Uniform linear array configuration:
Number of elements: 48
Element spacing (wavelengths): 0.25
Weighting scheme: kaiser
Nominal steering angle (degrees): -15
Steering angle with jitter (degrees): -15.437
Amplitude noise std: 0.05
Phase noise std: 0.05

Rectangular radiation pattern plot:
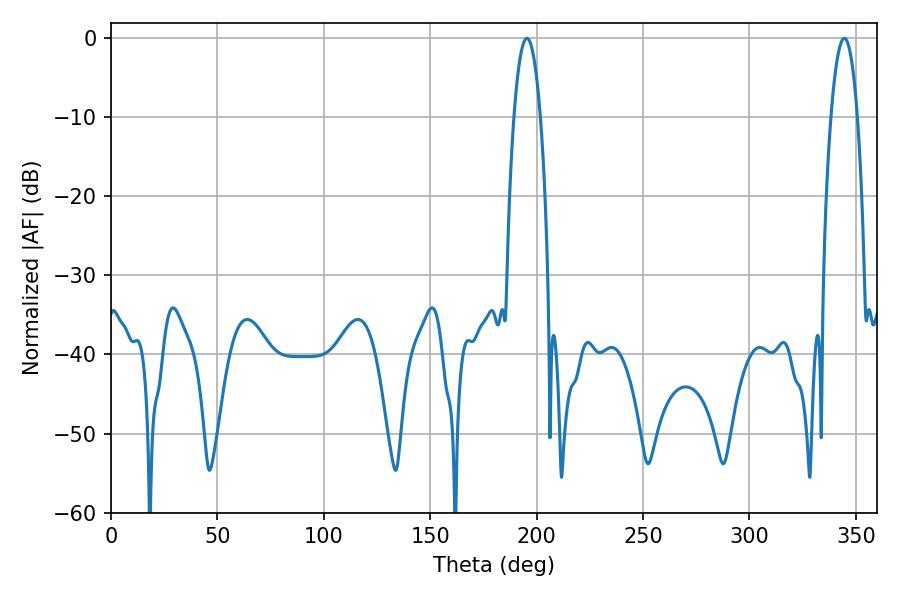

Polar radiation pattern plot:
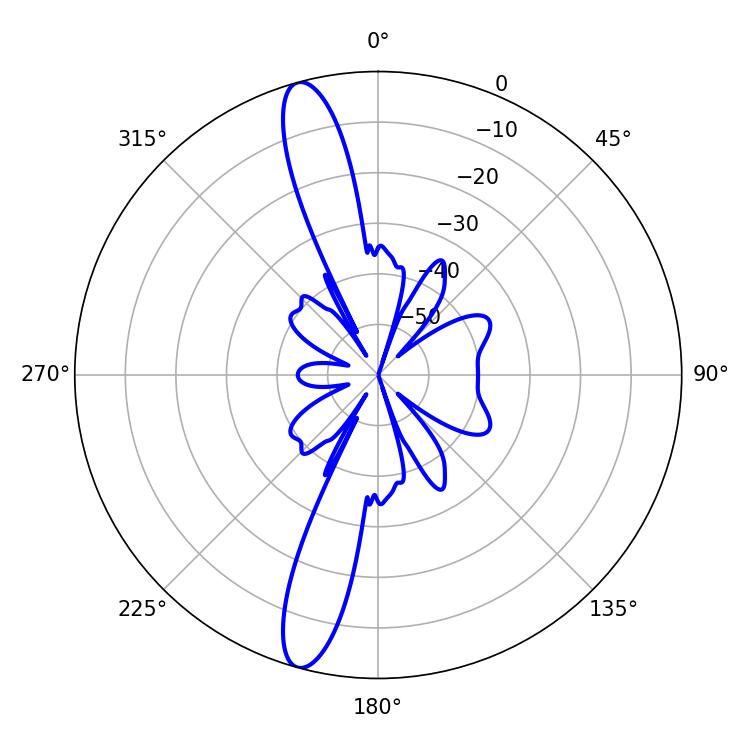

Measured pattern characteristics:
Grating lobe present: FALSE
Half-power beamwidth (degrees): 6.84
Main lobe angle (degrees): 195.48